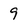
Character: 9